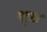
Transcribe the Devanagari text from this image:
शुध